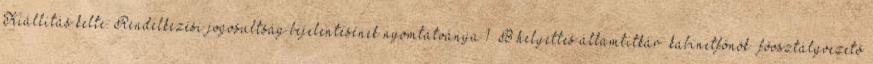
Kiállítás kelte: Rendelkezési jogosultság bejelentésének nyomtatványa 1 B helyettes államtitkár kabinetfőnök főosztályvezető